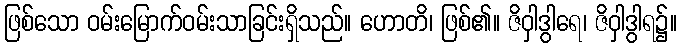
ဖြစ်သော ဝမ်းမြောက်ဝမ်းသာခြင်းရှိသည်။ ဟောတိ၊ ဖြစ်၏။ ဇိဝှါဒွါရေ၊ ဇိဝှါဒွါရ၌။